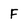
Character: F